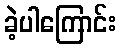
ခဲ့ပါကြောင်း